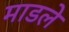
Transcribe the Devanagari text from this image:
माडले